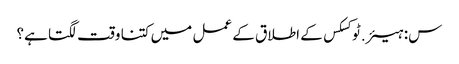
س: ہیئر.ٹوکسکس کے اطلاق کے عمل میں کتنا وقت لگتا ہے؟